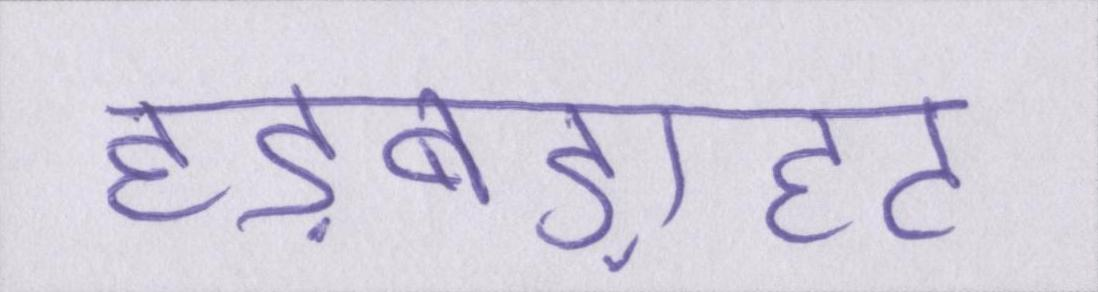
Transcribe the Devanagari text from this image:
हड़बड़ाहट